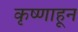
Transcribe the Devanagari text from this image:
कृष्णाहून